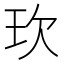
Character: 㺵